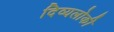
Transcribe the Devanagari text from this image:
दिव्यलोकी